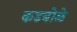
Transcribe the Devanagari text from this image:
कडबोळे